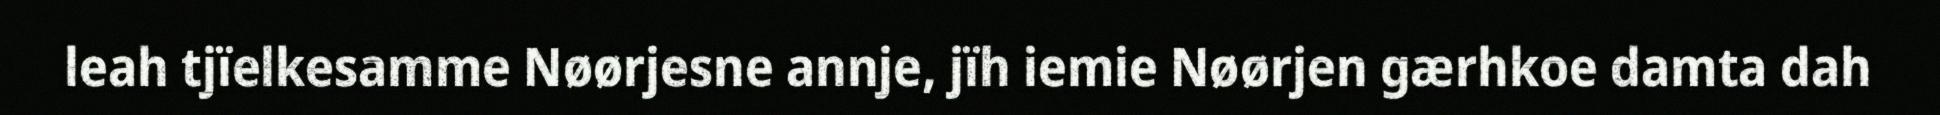
leah tjïelkesamme Nøørjesne annje, jïh iemie Nøørjen gærhkoe damta dah